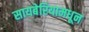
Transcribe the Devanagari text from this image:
सायबेरियामधून